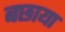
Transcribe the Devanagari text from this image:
बछाया